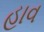
હાવ